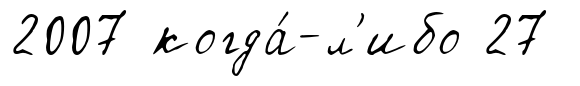
2007 когда́-л'ибо 27